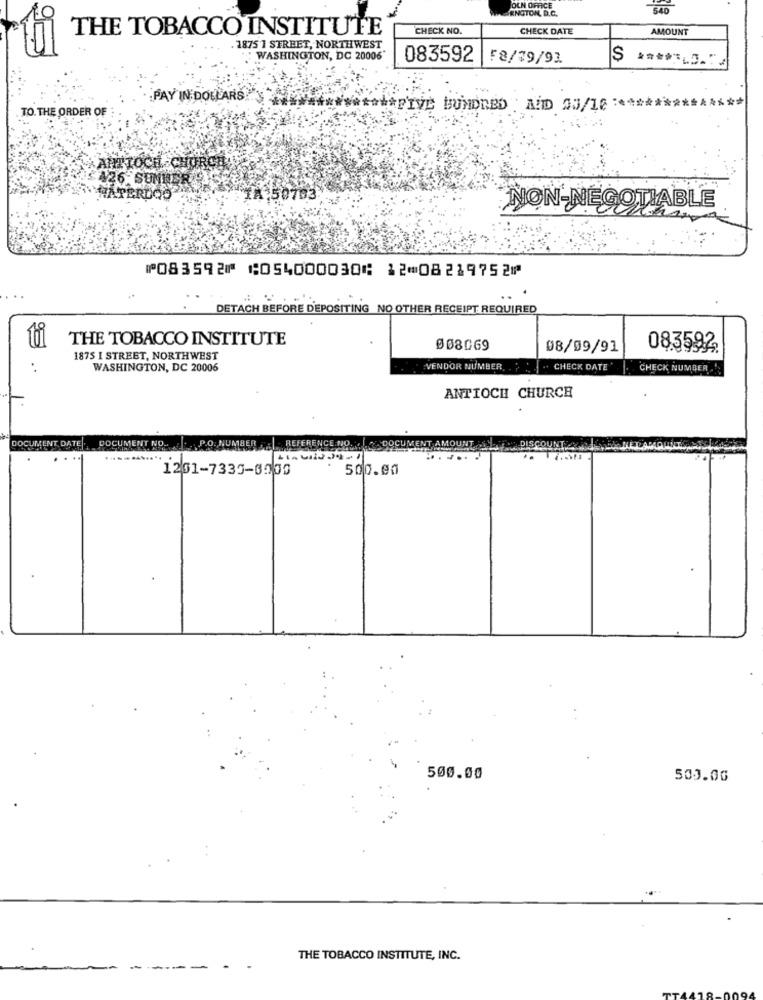
BRNGTON, D.C.
OCH OFFICE
THE TOBACCO INSTITUTE
CHECK NO.
CHECK DATE
AMOUNT
. 1875 1 STREET, NORTHWEST
WASHINGTON, DC 20006
083592 F8/79/91
PAY IN DOLLARS
TO. THE ORDER OF
**** FIVE HUNDRED "ADD 05/10 *********
AHTTOCH CHURCH
426. SUMBER
WATERLOO
IA:50703
NON-NEGOTIABLE
⑈083592⑈ ⑆054000030⑆ 12⑉08219752⑈
DETACH BEFORE DEPOSITING NO OTHER RECEIPT REQUIRED
THE TOBACCO INSTITUTE
008069
08/09/91
08.35922
1875 I STREET, NORTHWEST
WASHINGTON, DC 20006
:VENDOR NUMBER. .. . .. CHECK DATE
CHECK NUMBER '
ANTIOCH CHURCH
DOCUMENT DATE.
DOCUMENT NO. P.O. NUMBER REFERENCE NO.
1261-7335-8005
500.00
500.00
503.06
THE TOBACCO INSTITUTE, INC.